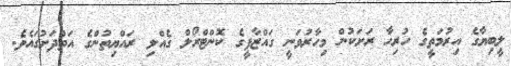
ލީބިޔާގެ އިރުމަތީގެ ހުރިހާ ރަށަކުން މިހާރުވަނީ ގައްޒާފީގެ ކޮންޓްރޯލް ގެއްލި ރައްޔިތުންގެ އަތްދަށުގައެވެ.